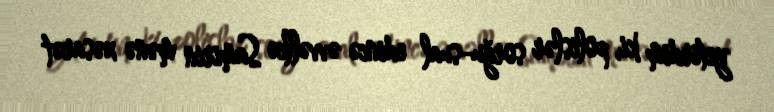
yetirdim ki, polislər sorğu-sual edincə əvvəllcə Samirin mənə xəsarət